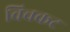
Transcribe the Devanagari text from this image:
विचकट